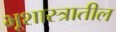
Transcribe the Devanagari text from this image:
भूशास्त्रातील